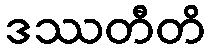
ဒဿတီတိ